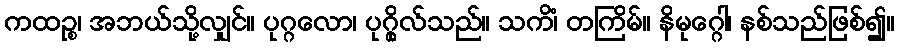
ကထဉ္စ၊ အဘယ်သို့လျှင်။ ပုဂ္ဂလော၊ ပုဂ္ဂိုလ်သည်။ သကိံ၊ တကြိမ်။ နိမုဂ္ဂေါ၊ နစ်သည်ဖြစ်၍။